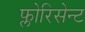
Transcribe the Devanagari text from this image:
फ्लोरिसेन्ट